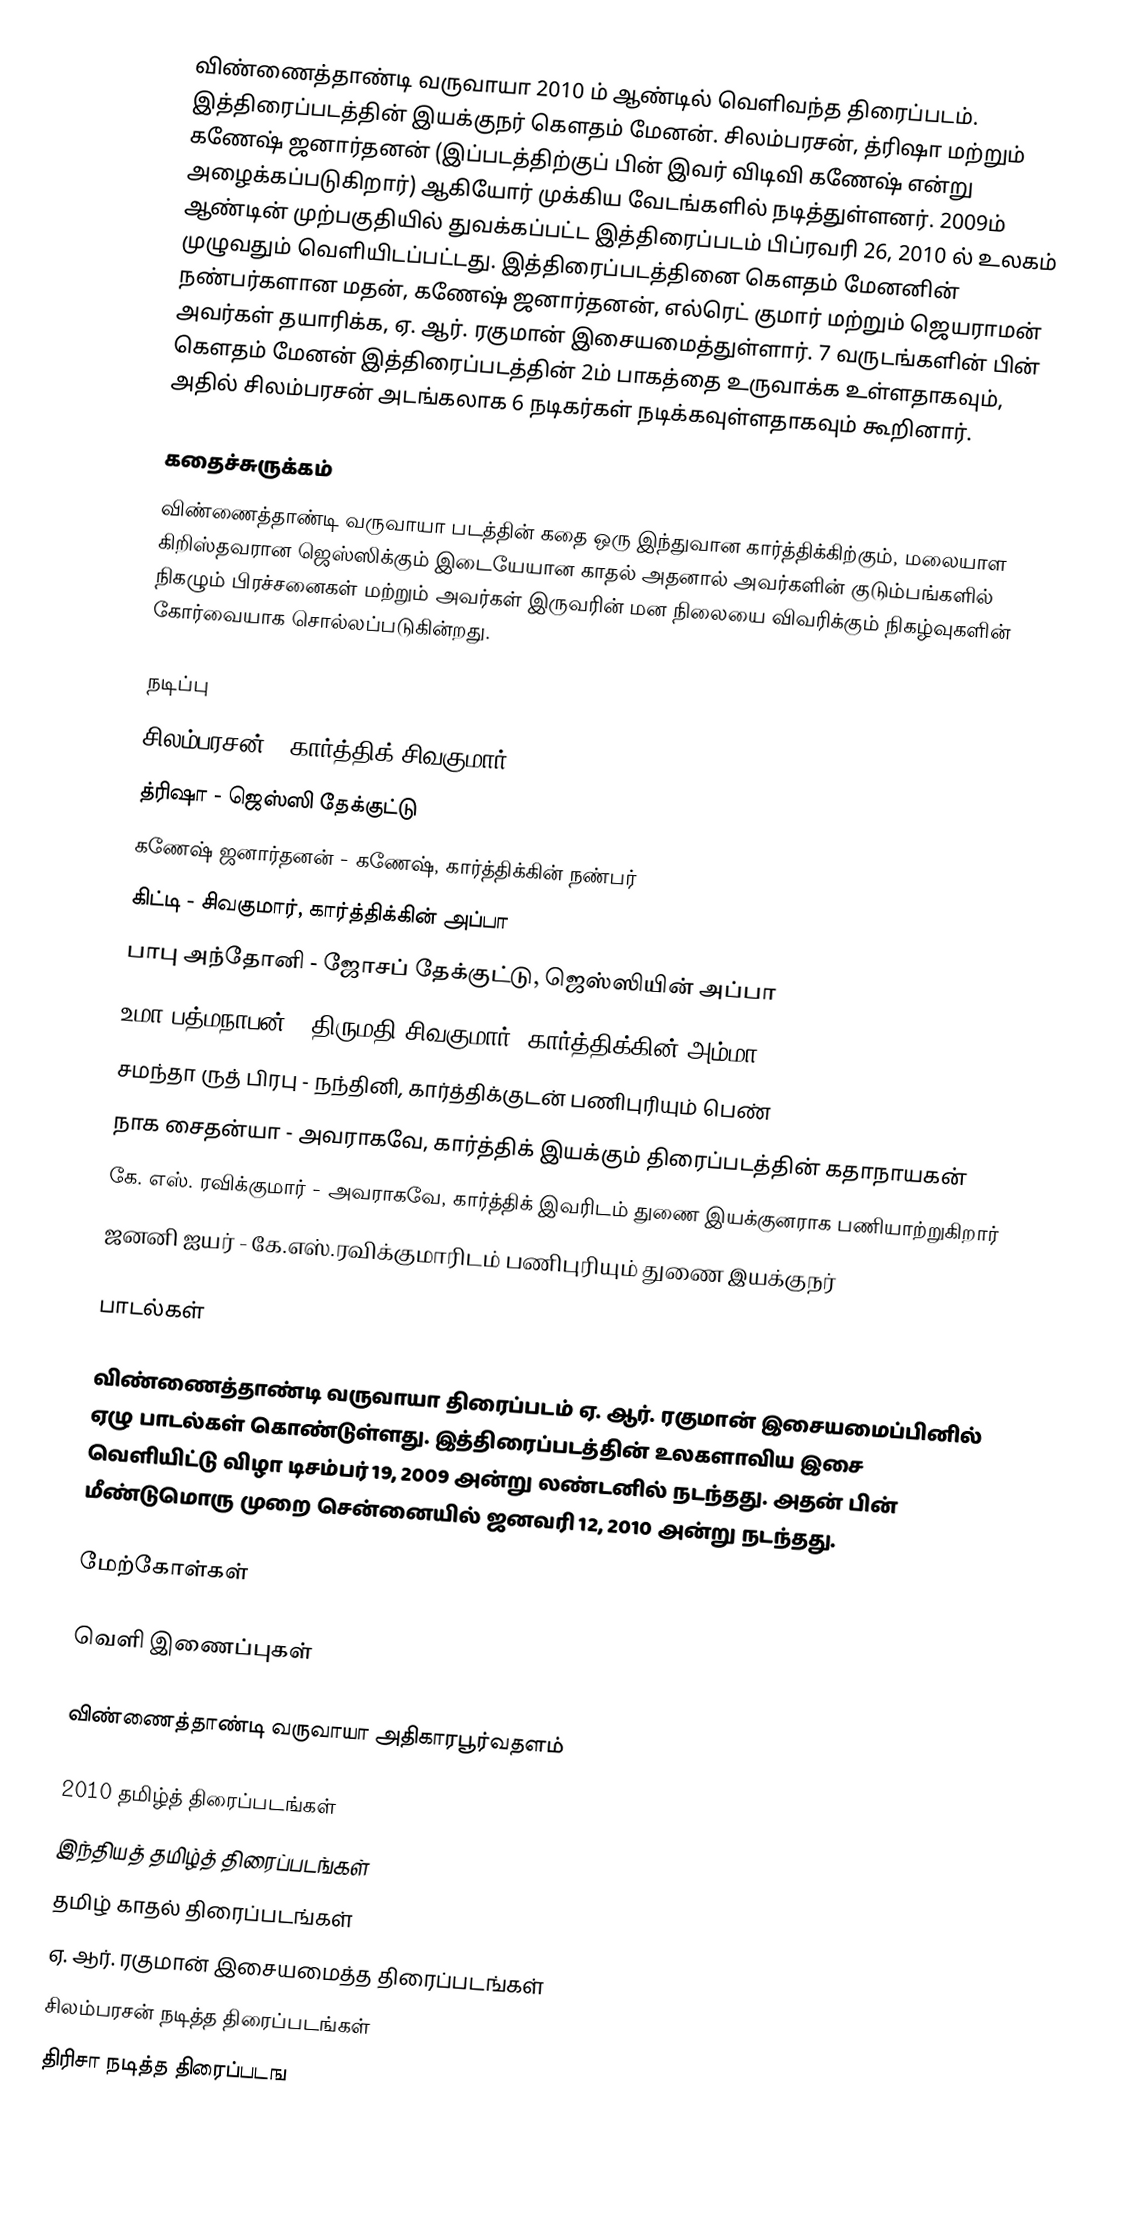
விண்ணைத்தாண்டி வருவாயா 2010 ம் ஆண்டில் வெளிவந்த திரைப்படம். இத்திரைப்படத்தின் இயக்குநர் கௌதம் மேனன். சிலம்பரசன், த்ரிஷா மற்றும் கணேஷ் ஜனார்தனன் (இப்படத்திற்குப் பின் இவர் விடிவி கணேஷ் என்று அழைக்கப்படுகிறார்)  ஆகியோர் முக்கிய வேடங்களில் நடித்துள்ளனர். 2009ம் ஆண்டின்  முற்பகுதியில் துவக்கப்பட்ட இத்திரைப்படம் பிப்ரவரி 26, 2010 ல் உலகம் முழுவதும் வெளியிடப்பட்டது. இத்திரைப்படத்தினை கௌதம் மேனனின் நண்பர்களான மதன், கணேஷ் ஜனார்தனன், எல்ரெட் குமார் மற்றும் ஜெயராமன் அவர்கள் தயாரிக்க, ஏ. ஆர். ரகுமான் இசையமைத்துள்ளார். 7 வருடங்களின் பின் கௌதம் மேனன் இத்திரைப்படத்தின் 2ம் பாகத்தை உருவாக்க உள்ளதாகவும், அதில் சிலம்பரசன் அடங்கலாக 6 நடிகர்கள் நடிக்கவுள்ளதாகவும் கூறினார்.

கதைச்சுருக்கம்
விண்ணைத்தாண்டி வருவாயா படத்தின் கதை ஒரு இந்துவான கார்த்திக்கிற்கும், மலையாள கிறிஸ்தவரான ஜெஸ்ஸிக்கும் இடையேயான காதல் அதனால் அவர்களின் குடும்பங்களில் நிகழும் பிரச்சனைகள் மற்றும் அவர்கள் இருவரின் மன நிலையை விவரிக்கும் நிகழ்வுகளின் கோர்வையாக சொல்லப்படுகின்றது.

நடிப்பு
 சிலம்பரசன் - கார்த்திக் சிவகுமார்
 த்ரிஷா - ஜெஸ்ஸி தேக்குட்டு
 கணேஷ் ஜனார்தனன் - கணேஷ், கார்த்திக்கின் நண்பர்
 கிட்டி - சிவகுமார், கார்த்திக்கின் அப்பா
 பாபு அந்தோனி - ஜோசப் தேக்குட்டு, ஜெஸ்ஸியின் அப்பா
 உமா பத்மநாபன் - திருமதி சிவகுமார், கார்த்திக்கின் அம்மா
 சமந்தா ருத் பிரபு - நந்தினி, கார்த்திக்குடன் பணிபுரியும் பெண்
 நாக சைதன்யா - அவராகவே, கார்த்திக் இயக்கும் திரைப்படத்தின் கதாநாயகன்
 கே. எஸ். ரவிக்குமார் - அவராகவே, கார்த்திக் இவரிடம் துணை இயக்குனராக பணியாற்றுகிறார்
 ஜனனி ஐயர் - கே.எஸ்.ரவிக்குமாரிடம் பணிபுரியும்  துணை இயக்குநர்

பாடல்கள்

விண்ணைத்தாண்டி வருவாயா திரைப்படம் ஏ. ஆர். ரகுமான் இசையமைப்பினில் ஏழு பாடல்கள் கொண்டுள்ளது. இத்திரைப்படத்தின் உலகளாவிய இசை வெளியிட்டு விழா டிசம்பர் 19, 2009 அன்று லண்டனில் நடந்தது. அதன் பின் மீண்டுமொரு முறை சென்னையில் ஜனவரி 12, 2010 அன்று நடந்தது.

மேற்கோள்கள்

வெளி இணைப்புகள்

 விண்ணைத்தாண்டி வருவாயா அதிகாரபூர்வதளம்

2010 தமிழ்த் திரைப்படங்கள்
இந்தியத் தமிழ்த் திரைப்படங்கள்
தமிழ் காதல் திரைப்படங்கள்
ஏ. ஆர். ரகுமான் இசையமைத்த திரைப்படங்கள்
சிலம்பரசன் நடித்த திரைப்படங்கள்
திரிசா நடித்த திரைப்படங